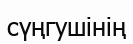
сүңгушінің